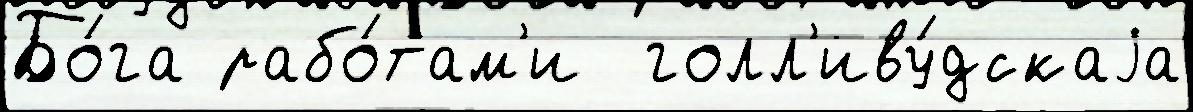
Бо́га рабо́там'и  голл'иву́дскаjа